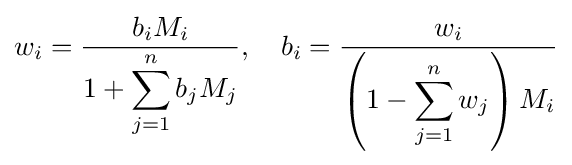
w_{i}={\frac {b_{i}M_{i}}{1+\displaystyle \sum _{j=1}^{n}b_{j}M_{j}}},\quad b_{i}={\frac {w_{i}}{\left(1-\displaystyle \sum _{j=1}^{n}w_{j}\right)M_{i}}}